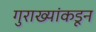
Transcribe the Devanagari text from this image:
गुराख्यांकडून